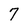
Character: 7